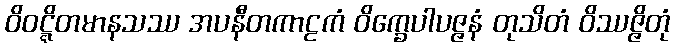
ဝိဝဋ္ဋိတမာနသဿ အပနီတကာဠကံ ဝိက္ခေပါပဇ္ဇနံ တုသိတံ ဝိဿဇ္ဇိတုံ